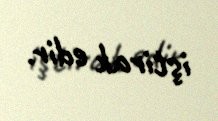
iştirak edir.